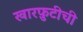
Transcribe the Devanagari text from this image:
खारफ़ुटीची